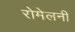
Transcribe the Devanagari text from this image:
रोमेलनी